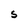
Character: S